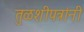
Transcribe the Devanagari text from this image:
तुळशीपत्रांनी